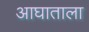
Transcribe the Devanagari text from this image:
आघाताला